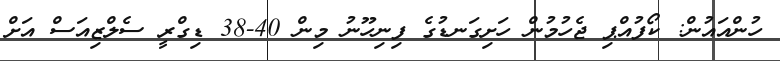
ހުންއައުން: ކޯފުއްޕި ޖެހުމުން ހަށިގަނޑުގެ ފިނިހޫނު މިން 40-38 ޑިގްރީ ސެލްޒިއަސް އަށް